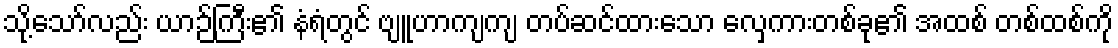
သို့သော်လည်း ယာဉ်ကြီး၏ နံရံတွင် ဗျူဟာကျကျ တပ်ဆင်ထားသော လှေကားတစ်ခု၏ အထစ် တစ်ထစ်ကို